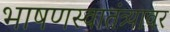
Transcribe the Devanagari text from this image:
भाषणस्वातंत्र्यावर